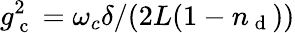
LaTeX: g_{\mathrm{~c~}}^{2}=\omega_{c}\delta/(2L(1-n_{\mathrm{~d~}}))